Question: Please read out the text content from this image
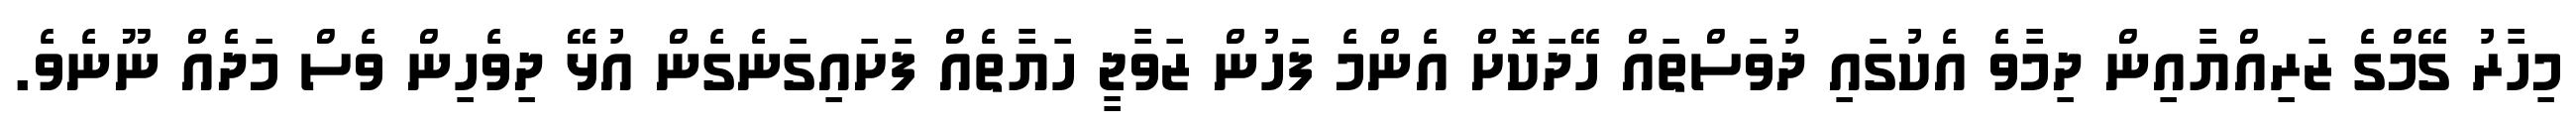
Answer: މިހާރު ގޭމްގެ ޒަރިއްޔާއިން ދިމާވެ އެކުގައި ދުވަސްތައް ހޭދަކޮށް އެންމެ ފަހުން ޒަވާޖީ ހަޔާތެއް ފަށައިގަނެގެން އުޅޭ ދިވެހިން ވެސް މަދެއް ނޫނެވެ.